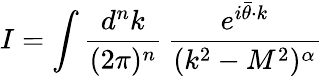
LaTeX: I=\int{\frac{d^{n}k}{(2\pi)^{n}}}\, {\frac{e^{i\bar{\theta}\cdot k}}{(k^{2}-M^{2})^{\alpha}}}